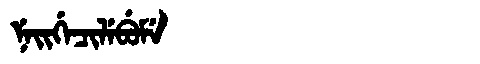
Manchu: ᠨᡝᡳᡤᡝᠴᡳᠯᡝᠪᡠᠮᡝ
Romanization: NEIGECILEBUME